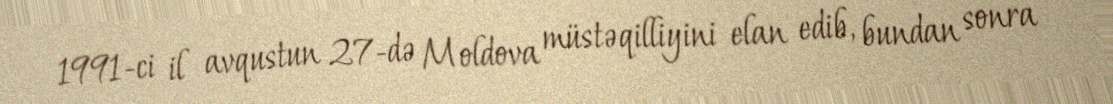
1991-ci il avqustun 27-də Moldova müstəqilliyini elan edib, bundan sonra